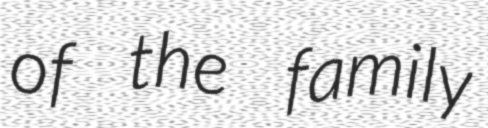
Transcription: of the family